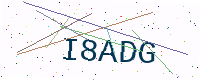
Text: I8ADG